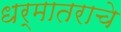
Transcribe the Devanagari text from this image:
धर्मातराचे